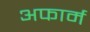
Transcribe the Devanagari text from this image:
अफार्म